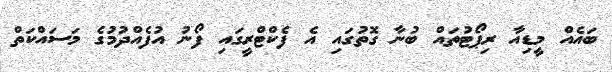
ބައެއް މީޑިއާ ރިޕޯޓުތައް ބުނާ ގޮތުގައި އެ ފެކްޓްރީގައި ފޯނު އުފެއްދުމުގެ މަސައްކަތް